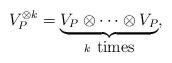
LaTeX: \begin{align*}V_P^{\otimes k}= \underbrace{V_P \otimes \cdots \otimes V_P}_{k \; \;\mbox{times}},\end{align*}